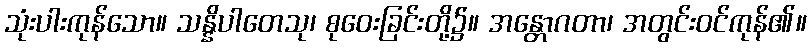
သုံးပါးကုန်သော။ သန္နိပါတေသု၊ စုဝေးခြင်းတို့၌။ အန္တောဂတာ၊ အတွင်းဝင်ကုန်၏။